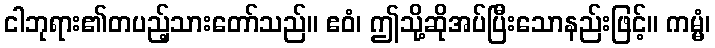
ငါဘုရား၏တပည့်သားတော်သည်။ ဧဝံ၊ ဤသို့ဆိုအပ်ပြီးသောနည်းဖြင့်။ ကမ္မံ၊